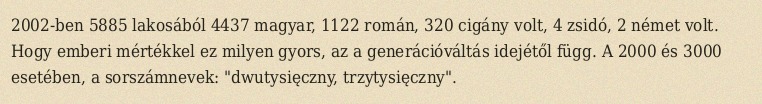
2002-ben 5885 lakosából 4437 magyar, 1122 román, 320 cigány volt, 4 zsidó, 2 német volt. Hogy emberi mértékkel ez milyen gyors, az a generációváltás idejétől függ. A 2000 és 3000 esetében, a sorszámnevek: "dwutysięczny, trzytysięczny".